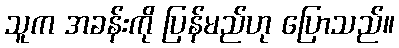
သူက အခန်းကို ပြန်မည်ဟု ပြောသည်။